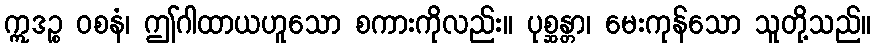
ဣဒဉ္စ ဝစနံ၊ ဤဂါထာယဟူသော စကားကိုလည်း။ ပုစ္ဆန္တာ၊ မေးကုန်သော သူတို့သည်။